Regulations for the medical services of the Army of India
Year: 1930
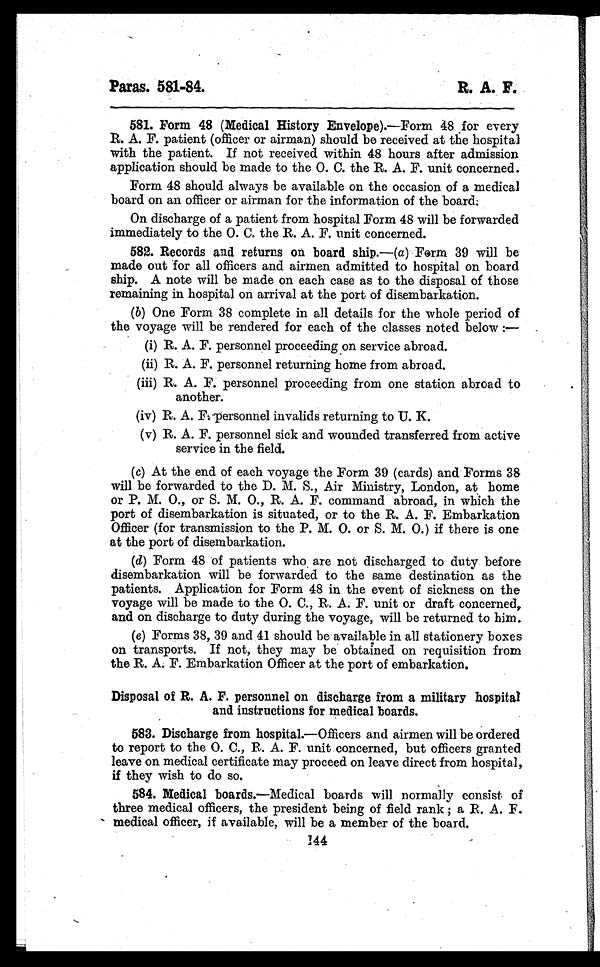
Paras. 581-84.
R. A. F.
581. Form 48 (Medical History Envelope).—Form 48 for every
R. A. F. patient (officer or airman) should be received at the hospital
with the patient. If not received within 48 hours after admission
application should be made to the O. C. the R. A. F. unit concerned.
Form 48 should always be available on the occasion of a medical
board on an officer or airman for the information of the board.
On discharge of a patient from hospital Form 48 will be forwarded
immediately to the O. C. the R. A. F. unit concerned.
582. Records and returns on board ship.—( a ) Form 39 will be
made out for all officers and airmen admitted to hospital on board
ship. A note will be made on each case as to the disposal of those
remaining in hospital on arrival at the port of disembarkation.
(b) One Form 38 complete in all details for the whole period of
the voyage will be rendered for each of the classes noted below :—
(i) R. A. F. personnel proceeding on service abroad.
(ii) R. A. F. personnel returning home from abroad.
(iii) R. A. F. personnel proceeding from one station abroad to
another.
(iv) R. A. F. personnel invalids returning to U. K.
(v) R. A. F. personnel sick and wounded transferred from active
service in the field.
( c) At the end of each voyage the Form 39 (cards) and Forms 38
will be forwarded to the D. M. S., Air Ministry, London, at home
or P. M. O., or S. M. O., R. A. F. command abroad, in which the
port of disembarkation is situated, or to the R. A. F. Embarkation
Officer (for transmission to the P. M. O. or S. M. O.) if there is one
at the port of disembarkation.
(d) Form 48 of patients who are not discharged to duty before
disembarkation will be forwarded to the same destination as the
patients. Application for Form 48 in the event of sickness on the
voyage will be made to the O. C., R. A. F. unit or draft concerned,
and on discharge to duty during the voyage, will be returned to him.
(e) Forms 38, 39 and 41 should be available in all stationery boxes
on transports. If not, they may be obtained on requisition from
the R. A. F. Embarkation Officer at the port of embarkation.
Disposal of R. A. F. personnel on discharge from a military hospital
and instructions for medical boards.
583. Discharge from hospital.—Officers and airmen will be ordered
to report to the O. C., R. A. F. unit concerned, but officers granted
leave on medical certificate may proceed on leave direct from hospital,
if they wish to do so.
584. Medical boards.—Medical boards will normally consist of
three medical officers, the president being of field rank ; a R. A. F.
medical officer, if available, will be a member of the board.
144